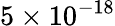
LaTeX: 5\times 10^{-18}